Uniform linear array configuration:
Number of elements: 32
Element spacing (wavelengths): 1
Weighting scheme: cosine
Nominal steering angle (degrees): -30
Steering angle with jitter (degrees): -30.523
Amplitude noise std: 0.05
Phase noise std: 0.05

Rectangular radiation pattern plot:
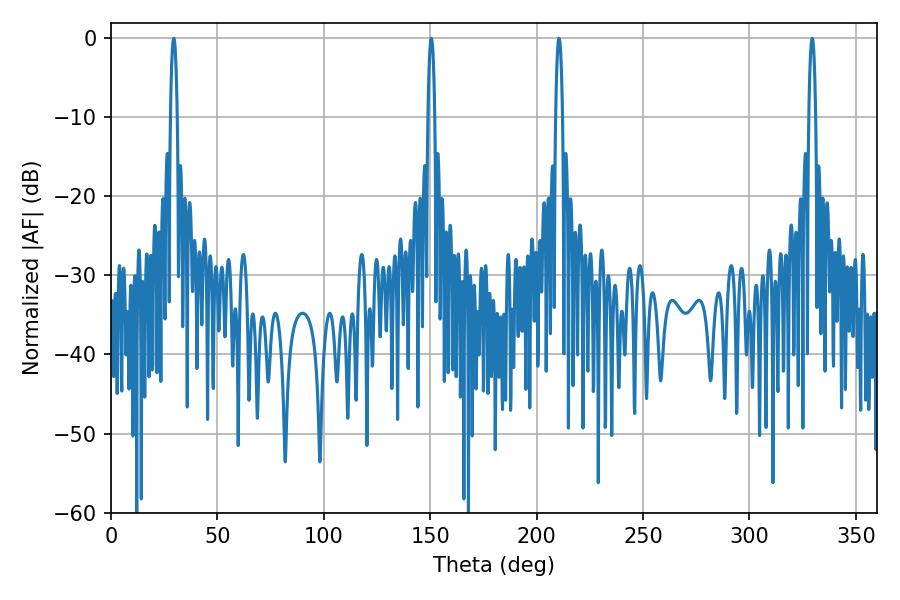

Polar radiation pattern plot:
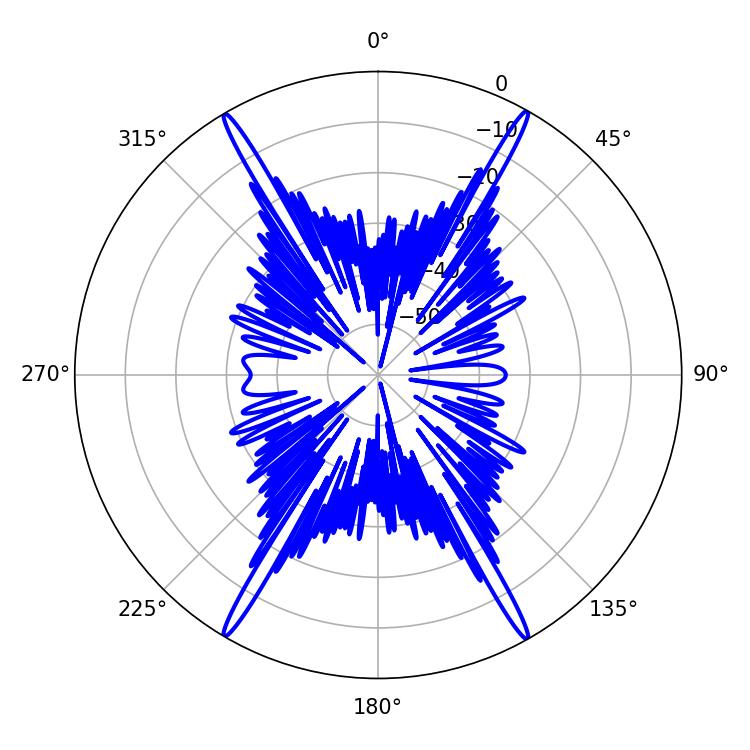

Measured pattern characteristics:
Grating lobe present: TRUE
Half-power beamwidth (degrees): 1.8
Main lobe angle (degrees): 29.52